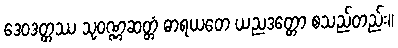
ဒေဝဒတ္တဿ သုဝဏ္ဏဆတ္တံ ဓာရယတေ ယညဒတ္တော စသည်တည်း။